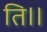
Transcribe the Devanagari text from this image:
ति।।